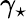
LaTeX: \gamma_{\star}